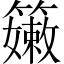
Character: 𥶄